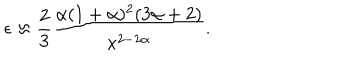
\epsilon \approx \frac { 2 } { 3 } \frac { \alpha ( 1 + \alpha ) ^ { 2 } ( 3 \alpha + 2 ) } { x ^ { 2 - 2 \alpha } } .